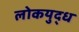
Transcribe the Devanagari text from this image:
लोकयुद्ध